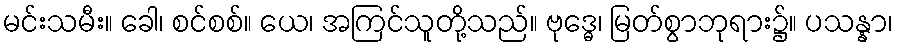
မင်းသမီး။ ခေါ၊ စင်စစ်။ ယေ၊ အကြင်သူတို့သည်။ ဗုဒ္ဓေ၊ မြတ်စွာဘုရား၌။ ပသန္နာ၊